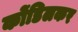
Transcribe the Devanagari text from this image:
कोंडिलकर